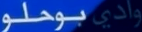
بولو وادي